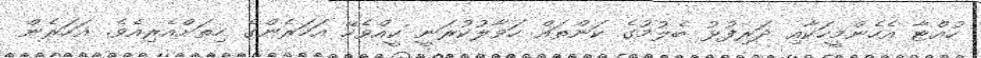
ހުއްޓާ އެހެންމީހަކާއި ދަރިފުޅު ބެލުމުގެ ކަންތައް ހަވާލުކުރަނީ ކީއްވެހޭ އަހަރެންގެ ހިތަށްއެރިއެވެ. އަހަރެން